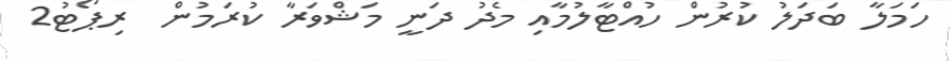
ހަމަލާ ބަދަލު ކުރުން ހުއްޓާލުމާއި މެދު ދަނީ މަޝްވަރާ ކުރަމުން  ރިޕޯޓު2